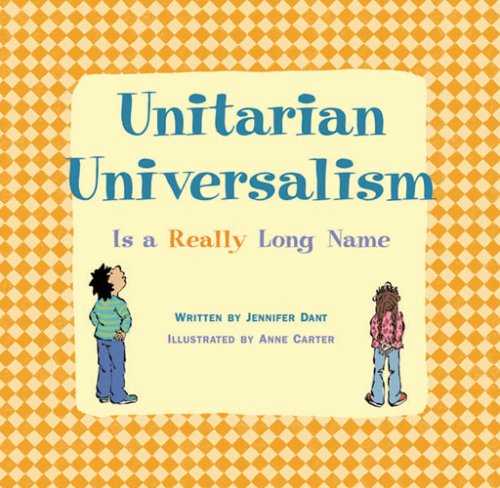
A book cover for Unitarian Universalism Is a Really Long Name; Jennifer Dant; Religion & Spirituality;